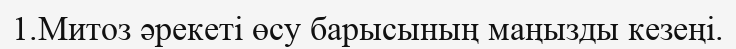
1.Митоз әрекеті өсу барысының маңызды кезеңі.